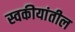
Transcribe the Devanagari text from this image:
स्वकीयांतील